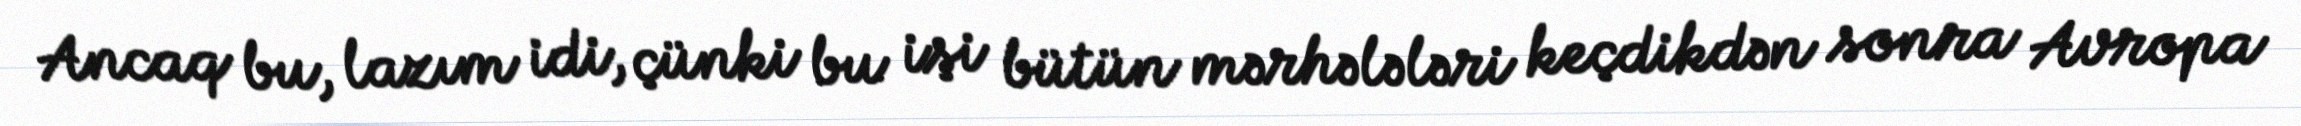
Ancaq bu, lazım idi, çünki bu işi bütün mərhələləri keçdikdən sonra Avropa